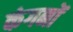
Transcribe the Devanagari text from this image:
कंगनों